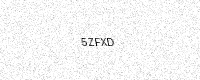
Text: 5ZFXD